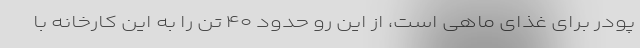
پودر برای غذای ماهی است، از این رو حدود ۴۰ تن را به این کارخانه با